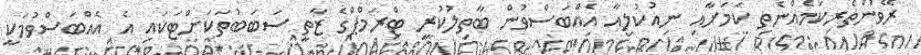
ރޭވުންތެރިކަމެއްނެތި ކަމަށާއި ނިއުކުލިއާ އެއްބަސްވުން ބާތިލުކުރީ ޓްރަމްޕްގެ ޒާތީ ސަބަބުތަކަށްޓަކައި އެ އެއްބަސްވުމަކީ